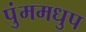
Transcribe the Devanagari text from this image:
पुंममधुप